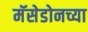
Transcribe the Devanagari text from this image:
मॅसेडोनच्या